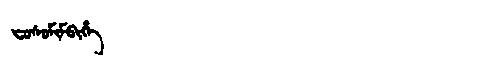
Manchu: ᠸᠣᠰᠣᠮᡳᠮᠪᡳᡥᡝ
Romanization: FOSOMIMBIHE